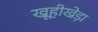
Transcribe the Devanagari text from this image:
खूहीखेड़ा